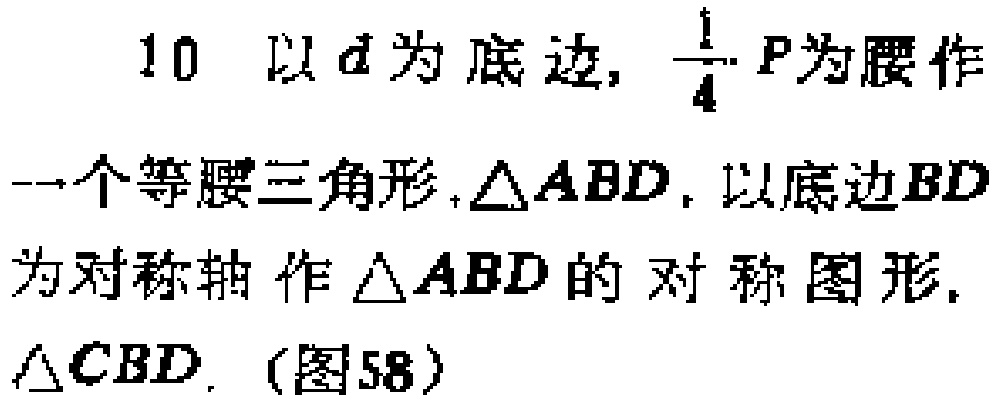
10 以 \(d\) 为底边, \(\frac{1}{4}P\)为腰作一个等腰三角形, \(\triangle ABD\), 以底边 \(BD\)为对称轴 作 \(\triangle ABD\) 的对称图形, \(\triangle CBD\).（图58）